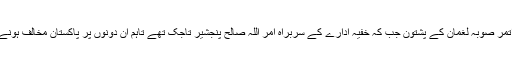
سابق وزیر داخلہ محمد حنیف اتمر صوبہ لغمان کے پشتون جب کہ خفیہ ادارے کے سربراہ امر اللہ صالح پنجشیر تاجک تھے تاہم ان دونوں پر پاکستان مخالف ہونے کا الزام عائد کیا جاتا رہا ہے۔